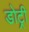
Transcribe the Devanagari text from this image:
डोट्री